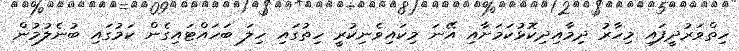
ހިތްވަރުދީފައި މިހާރު ދިމާއިދިކޮޅުކަމަށާއި އޭނަ މިކައިވެނިކުރީ ހިތުގައި ހިލަ ބަހައްޓައިގެން ކަމުގައި ބުނެލުމުން